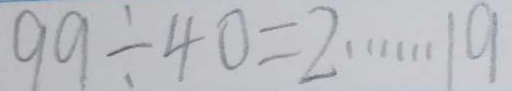
9 9 \div 4 0 = 2 \cdots 1 9